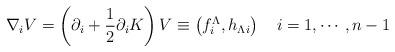
LaTeX: \begin{align*}\nabla_i V=\left( \partial _i + {1 \over 2} \partial _i K \right)V \equiv\left( f^\Lambda_i, h_{\Lambda i}\right) \quad i=1,\cdots , n-1\end{align*}